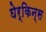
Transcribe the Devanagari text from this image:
घेर्किन्स